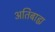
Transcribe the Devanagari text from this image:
अतिबाह्य